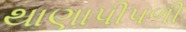
થાણાપીપળી